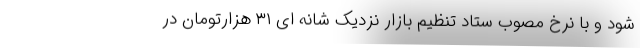
شود و با نرخ مصوب ستاد تنظیم بازار نزدیک شانه ای ۳۱ هزارتومان در